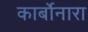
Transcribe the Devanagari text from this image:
कार्बोनारा